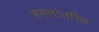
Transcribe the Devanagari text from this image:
हस्तांतरित